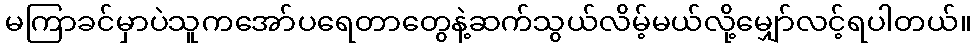
မကြာခင်မှာပဲသူကအော်ပရေတာတွေနဲ့ဆက်သွယ်လိမ့်မယ်လို့မျှော်လင့်ရပါတယ်။